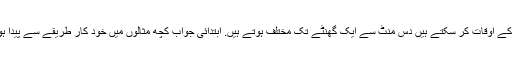
جواب کے اوقات کر سکتے ہیں دس منٹ سے ایک گھنٹے تک مختلف ہوتے ہیں. ابتدائی جواب کچھ مثالوں میں خود کار طریقے سے پیدا ہوتا ہے۔